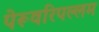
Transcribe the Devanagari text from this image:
पेरूवरिपल्लम